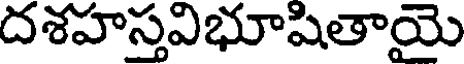
దశహస్తవిభూషితాయై